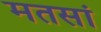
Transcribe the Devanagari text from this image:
मतसां